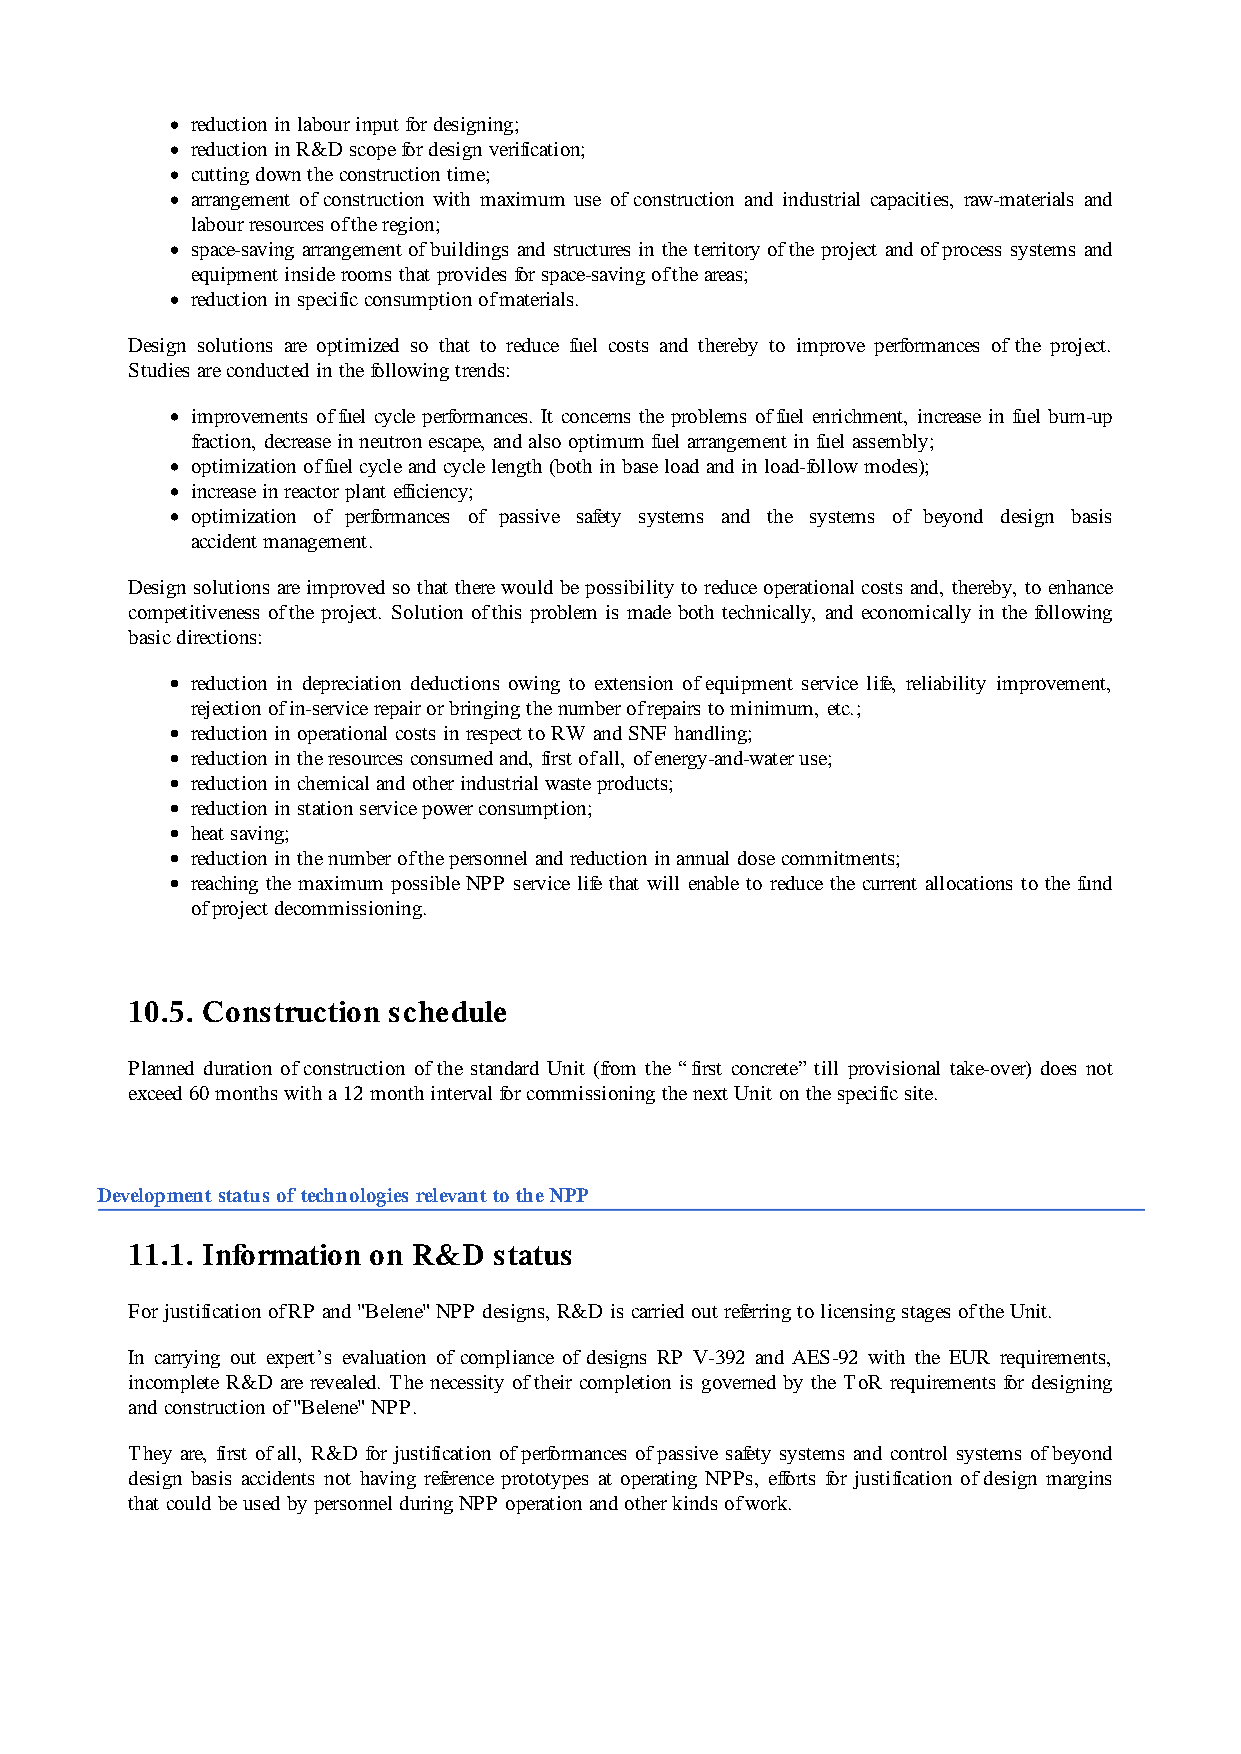
reduction in labour input for designing;
 reduction in R&D scope for design verification;
 cutting down the construction time;
 arrangement of construction with maximum use of construction and industrial capacities, raw-materials and
 labour resources of the region;
 space-saving arrangement of buildings and structures in the territory of the project and of process systems and
 equipment inside rooms that provides for space-saving of the areas;
 reduction in specific consumption of materials.
 Design solutions are optimized so that to reduce fuel costs and thereby to improve performances of the project.
 Studies are conducted in the following trends:
 improvements of fuel cycle performances. It concerns the problems of fuel enrichment, increase in fuel burn-up
 fraction, decrease in neutron escape, and also optimum fuel arrangement in fuel assembly;
 optimization of fuel cycle and cycle length (both in base load and in load-follow modes);
 increase in reactor plant efficiency;
 optimization of performances of passive safety systems and the systems of beyond design basis
 accident management.
 Design solutions are improved so that there would be possibility to reduce operational costs and, thereby, to enhance
 competitiveness of the project. Solution of this problem is made both technically, and economically in the following
 basic directions:
 reduction in depreciation deductions owing to extension of equipment service life, reliability improvement,
 rejection of in-service repair or bringing the number of repairs to minimum, etc.;
 reduction in operational costs in respect to RW and SNF handling;
 reduction in the resources consumed and, first of all, of energy-and-water use;
 reduction in chemical and other industrial waste products;
 reduction in station service power consumption;
 heat saving;
 reduction in the number of the personnel and reduction in annual dose commitments;
 reaching the maximum possible NPP service life that will enable to reduce the current allocations to the fund
 of project decommissioning.
 10.5. Construction schedule
 Planned duration of construction of the standard Unit (from the “first concrete” till provisional take-over) does not
 exceed 60 months with a 12 month interval for commissioning the next Unit on the specific site.
 Development status of technologies relevant to the NPP
 11.1. Information on R&D status
 For justification of RP and "Belene" NPP designs, R&D is carried out referring to licensing stages of the Unit.
 In carrying out expert’s evaluation of compliance of designs RP V-392 and AES-92 with the EUR requirements,
 incomplete R&D are revealed. The necessity of their completion is governed by the ToR requirements for designing
 and construction of "Belene" NPP.
 They are, first of all, R&D for justification of performances of passive safety systems and control systems of beyond
 design basis accidents not having reference prototypes at operating NPPs, efforts for justification of design margins
 that could be used by personnel during NPP operation and other kinds of work.